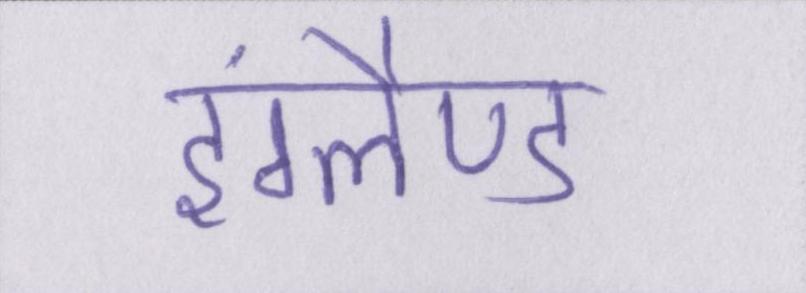
इंग्लैण्ड